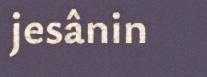
jesânin